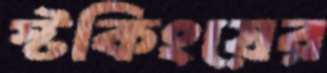
স্টকিংয়ের